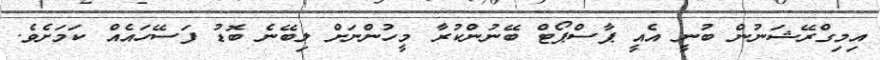
އިމިގްރޭޝަނުން ބުނީ އެއީ ޕާސްޕޯޓް ބޭނުންކުރާ މީހުންނަށް ލިބޭނެ ބޮޑު ފަސޭހައެއް ކަމަށެވެ.